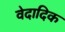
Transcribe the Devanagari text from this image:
वेदादिक